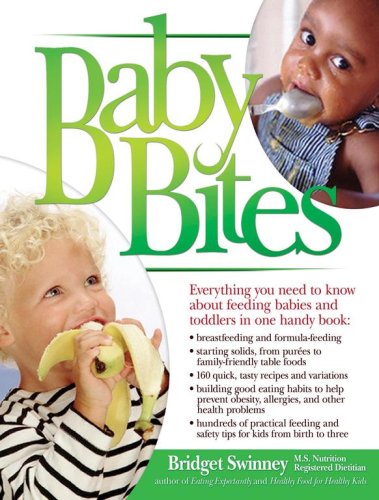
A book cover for Baby Bites; Bridget Swinney; Cookbooks, Food & Wine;